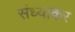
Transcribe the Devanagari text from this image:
संध्याकर